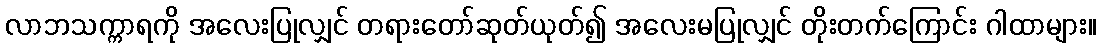
လာဘသက္ကာရကို အလေးပြုလျှင် တရားတော်ဆုတ်ယုတ်၍ အလေးမပြုလျှင် တိုးတက်ကြောင်း ဂါထာများ။